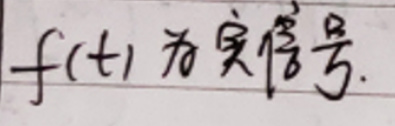
$f(t)\ $为实信号.